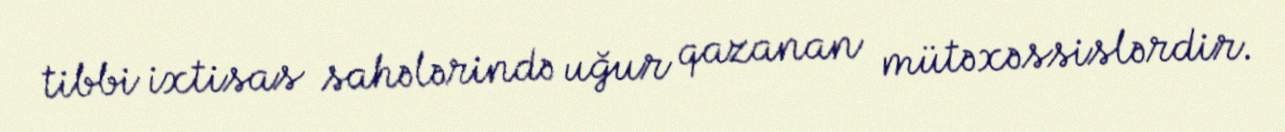
tibbi ixtisas sahələrində uğur qazanan mütəxəssislərdir.